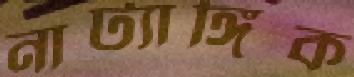
নাট্যাঙ্গিক